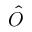
\hat { O }